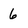
Character: 6